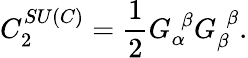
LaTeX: C_{2}^{SU\left(C\right)}=\frac{1}{2}G_{\alpha}^{\, \, \beta}G_{\beta}^{\, \, \beta}.